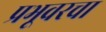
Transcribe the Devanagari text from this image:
प्रभूवरचा